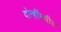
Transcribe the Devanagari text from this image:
दोन्हींमधील